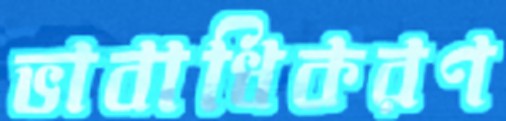
ভাবাধিকরণ